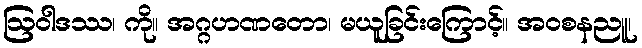
ဩဝါဒဿ၊ ကို။ အဂ္ဂဟဏတော၊ မယူခြင်းကြောင့်။ အဝစနညူ၊